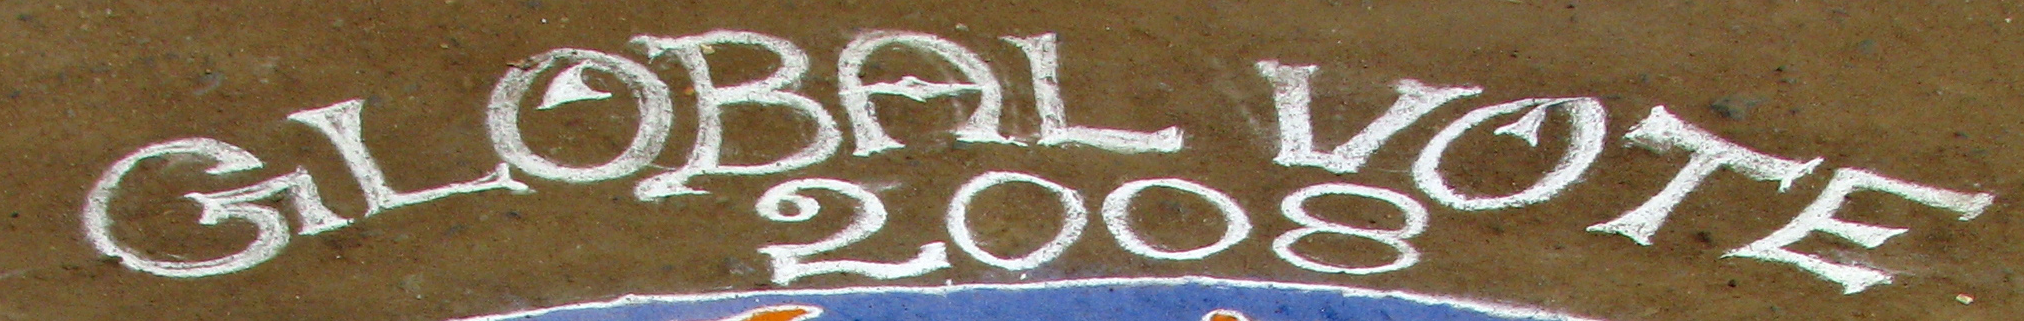
GLOBAL VOTE